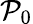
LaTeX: \mathcal{P}_{0}